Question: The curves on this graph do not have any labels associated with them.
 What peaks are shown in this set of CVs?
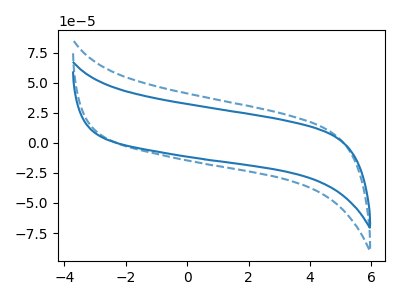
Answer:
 <answer>The blue curve "blue" has no peaks. The blue dashed curve "blue dashed" has no peaks.</answer>
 <eval></eval>